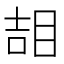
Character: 𥆅